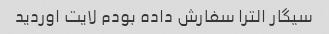
سیگار الترا سفارش داده بودم لایت اوردید